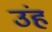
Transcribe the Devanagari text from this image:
उंह